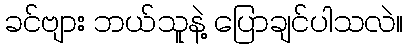
ခင်ဗျား ဘယ်သူနဲ့ ပြောချင်ပါသလဲ။